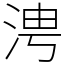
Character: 涄